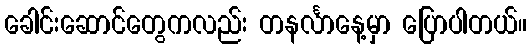
ခေါင်းဆောင်တွေကလည်း တနင်္လာနေ့မှာ ပြောပါတယ်။